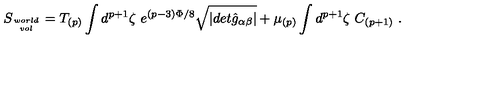
S _ { w o r l d \atop v o l } = T _ { ( p ) } \int d ^ { p + 1 } \zeta \ e ^ { ( p - 3 ) \Phi / 8 } \sqrt { \vert d e t { \hat { g } } _ { \alpha \beta } \vert } + \mu _ { ( p ) } \int d ^ { p + 1 } \zeta \ C _ { ( p + 1 ) } \ .